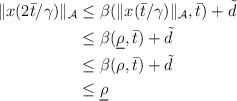
\begin{align*}\begin{aligned}\|x(2 \bar{t}/\gamma)\|_{\mathcal{A}} &\le \beta(\|x(\bar{t}/\gamma)\|_{\mathcal{A}},\bar{t}) + \tilde{d} \\&\le \beta(\underline{\rho},\bar{t}) + \tilde{d} \\&\le \beta(\rho,\bar{t}) + \tilde{d} \\& \le \underline{\rho}\end{aligned}\end{align*}